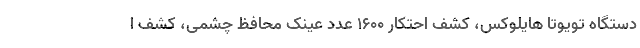
دستگاه تویوتا هایلوکس، کشف احتکار ۱۶۰۰ عدد عینک محافظ چشمی، کشف ا